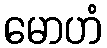
မောဟံ